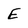
Character: E